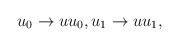
LaTeX: \begin{align*}u_{0}\rightarrow uu_{0},u_{1}\rightarrow uu_{1},\end{align*}